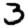
Digit: 3